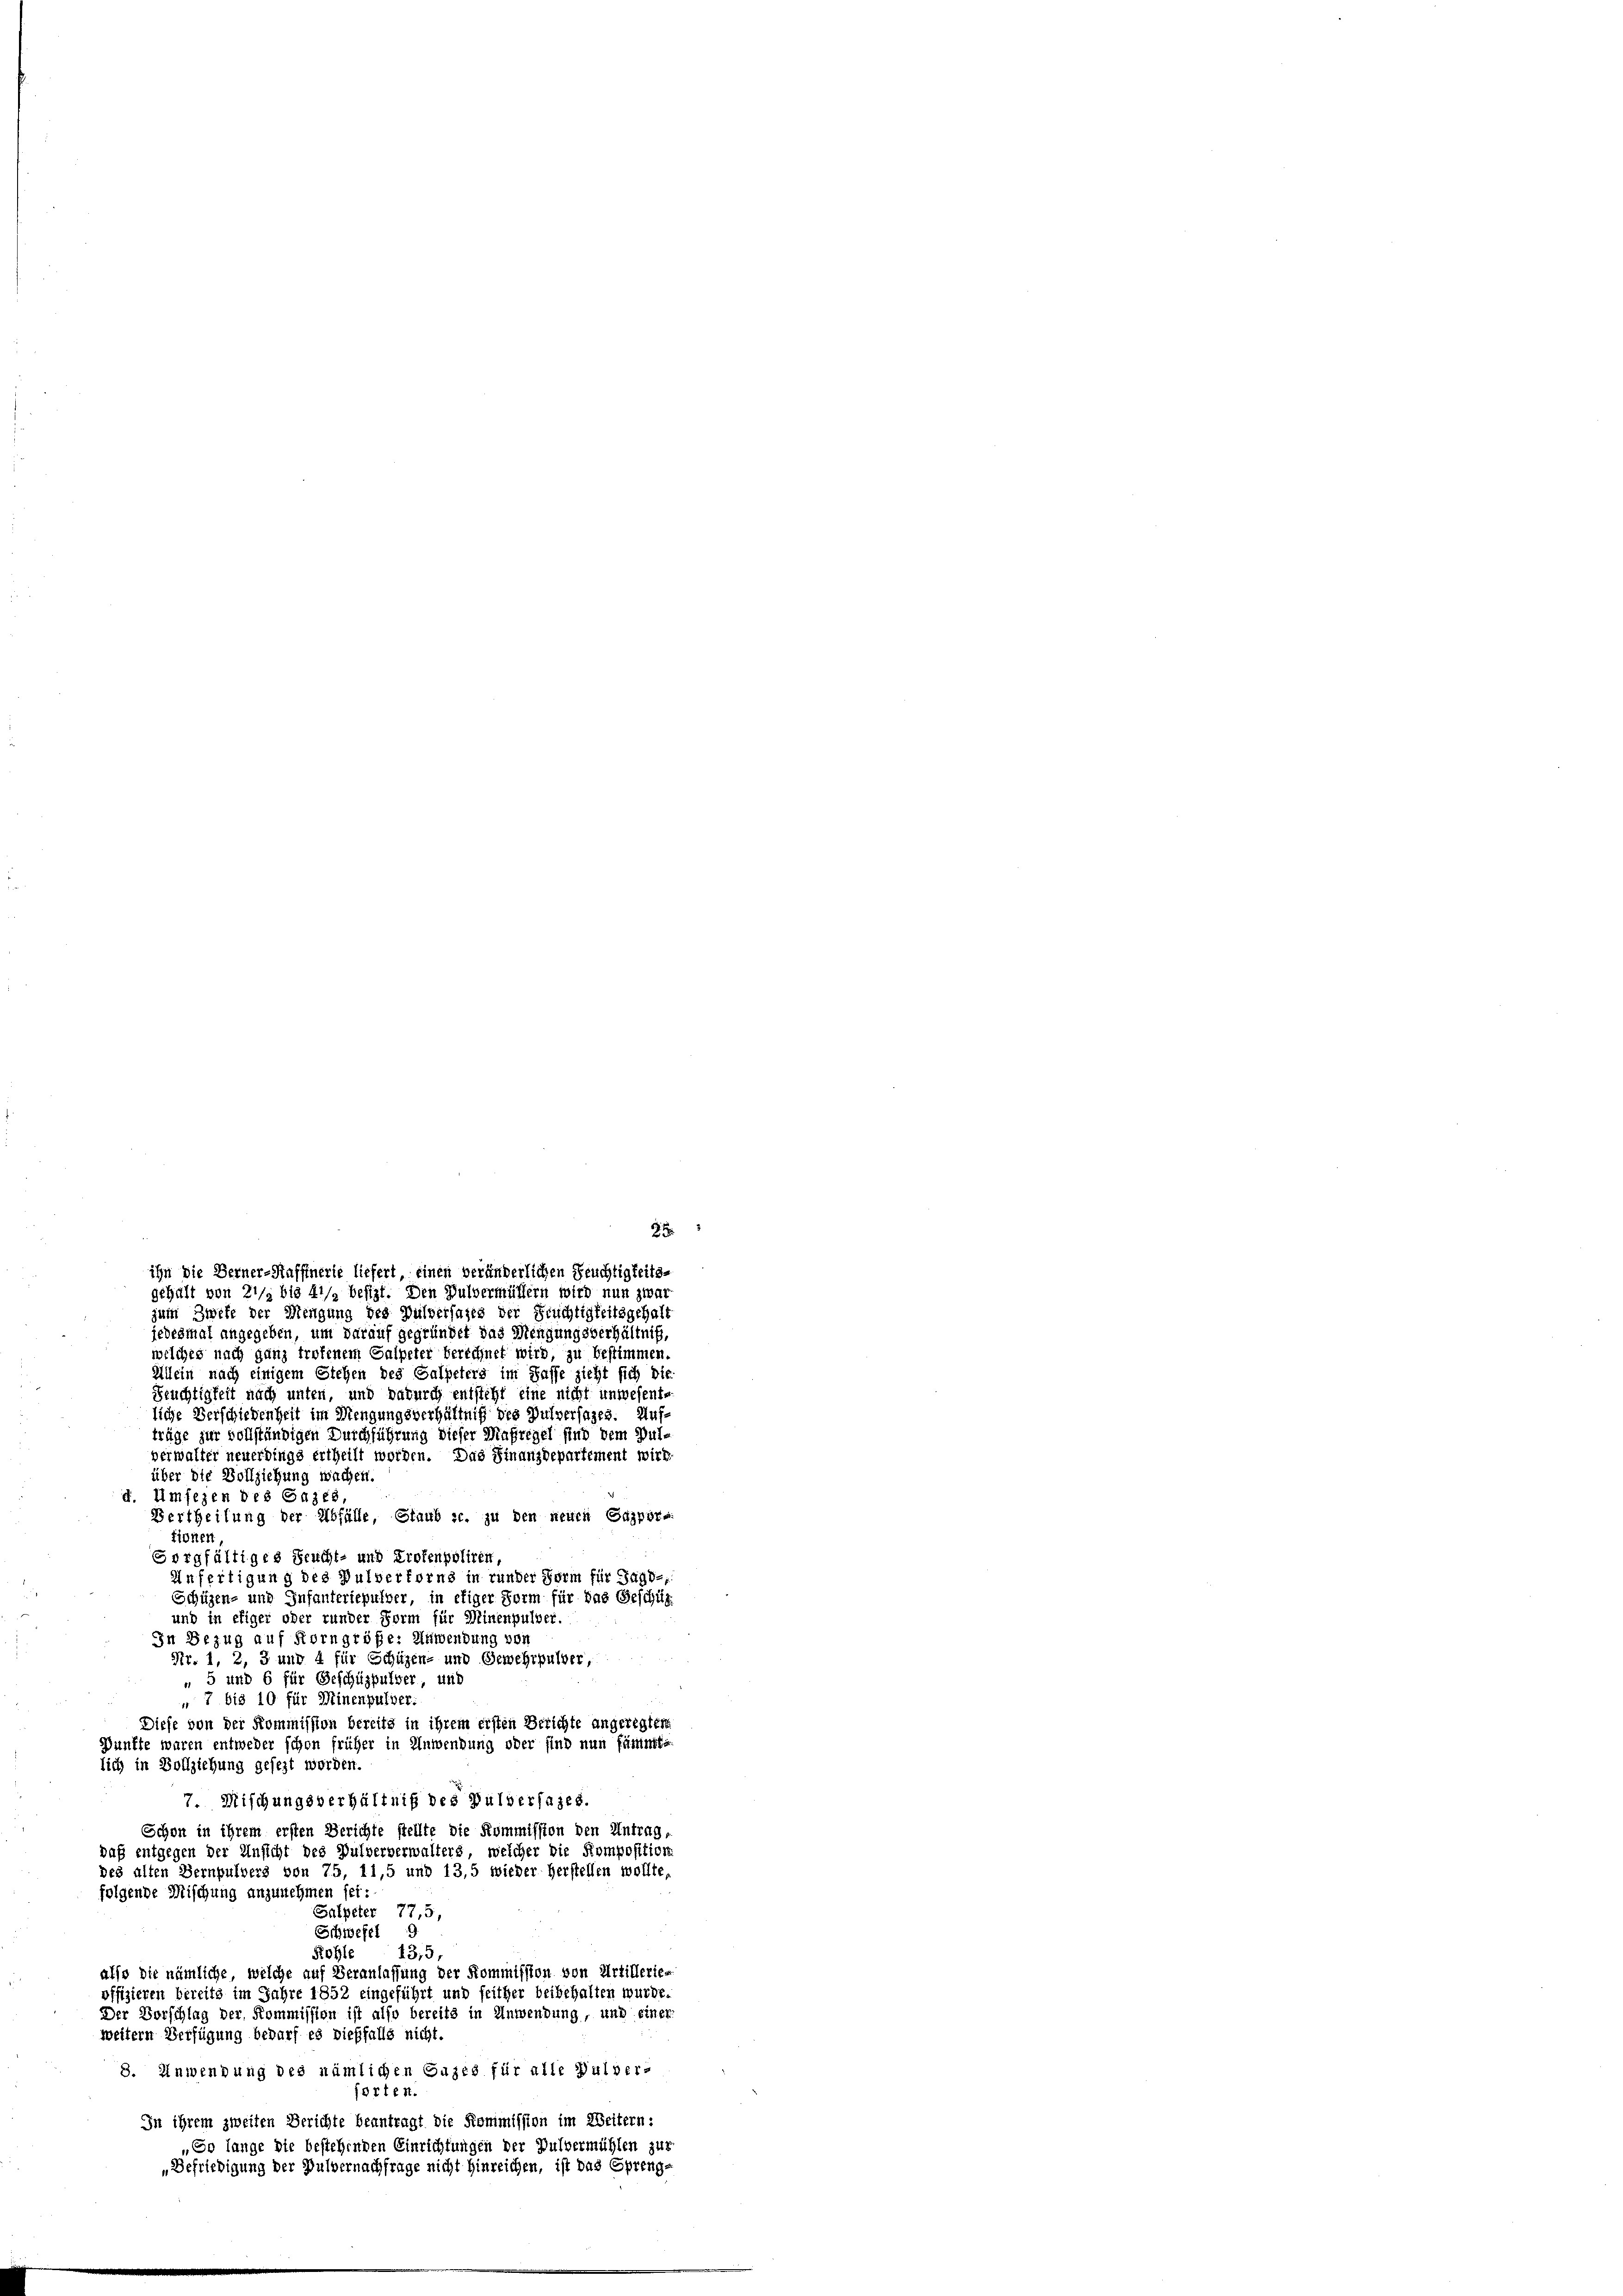
über die Vollziehung wachen.
d. Umfezen des Gases
tionen
Gorgfältiges Seucht- und Protenpoliren,
und in efiger oder runder Form für Meinenpulver.
In Bezug auf Korn größe: Anwendung von
Nr. 1, 2, 3 und 4 für Schüzen- und Gewehrpulver,
„ 5 und 6 für Geschüzpulver, und
 7 bis 10 für Minenpulver.
Diefe von der Kommission bereits in ihrem ersten Berichte angeregten
ünfte waren entweder schon früher in Anwendung oder sind nun fänimti
lich in Vollziehung gesezt worden.
7. Mischungsverhältniß des Pulversages.
Schon in ihrem ersten Berichte stellte die Kommission den Antrag,
daß entgegen der Ansicht des Pulververwalters, welcher die Komposition.
des alten Bernpulvers von 75, 11,5 und 13,5 wieder Herstellen wollte,
folgende Mischung anzunehmen sei:
Salpeter 77,5.
Schwefel 9
Rohle
13,5,
also die nämliche, welche auf Veranlassung der Kommission von Artillerie-
offizieren bereits im Jahre 1852 eingeführt und seither beibehalten wurde.
Der Vorschlag der Kommission ist also bereits in Anwendung, und einer
weitern Verfügung bedarf es dießfalls nicht.
8. Anwendung des nämlichen Gujes für alle Hulver-
forten.
In ihrem zweiten Berichte beantragt die Kommission im Weitern:
„So lange die bestehenden Einrichtungen der Pulvermühlen zur
„Befriedigung der Pulvernachfrage nicht hinreichen, ist das Sprenge

ihn die Berner-Haffinerie liefert, einen veränderlichen Feuchtigkeitsgehalt von 21/2 bis 41/2 besizt. Den Pulvermüttern wird nun zwar
zum Zwete der Mengung des Pulverfaits der Früchtigkeitsgehalt
jedesmal angegeben, um darauf gegründet das Mengungsverhältnis,

welches nach ganz troffenem Galpeter berechnet wird, zu bestimmen
Allein nach einigem Stehen des Salpeters im Gasse zieht sich die
Früchtigkeit nach unten, und dadurch entsteht eine nicht unwesente
liche Verschiedenheit im Mengungsverhältniß des Pulversages. Aufträge zur vollständigen Durchführung dieser Maßregel sind dem Gutverwalter neuerdings ertheilt worden. Das Finanzdepartement wird
Vertheilung der Abfälle, Staub sc. zu den neuen Gaspor¬
Anfertigung des Pulverforns in runder Form für Jagd-
Schüzen- und Infanteriepulver, in etiger Form für das Geschüt

25